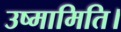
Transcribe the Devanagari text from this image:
उष्मामिति।